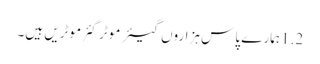
1.2 ہمارے پاس ہزاروں گیئر موٹر گئر موٹریں ہیں۔